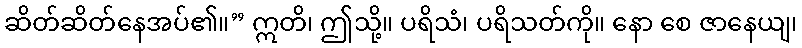
ဆိတ်ဆိတ်နေအပ်၏။” ဣတိ၊ ဤသို့။ ပရိသံ၊ ပရိသတ်ကို။ နော စေ ဇာနေယျ၊